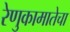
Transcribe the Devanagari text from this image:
रेणुकामातेचा